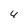
Character: 4